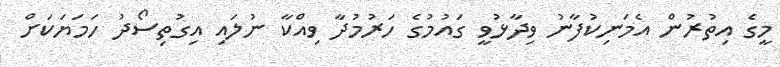
މީގެ އިތުރުން އެމަނިކުފާނު ވިދާޅުވީ ގައުމުގެ ހަރުމުދާ ވިއްކާ ނުލައި އިގުތިސޯދު ހަމަޔަކަށް